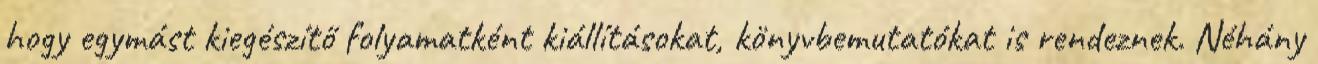
hogy egymást kiegészítő folyamatként kiállításokat, könyvbemutatókat is rendeznek. Néhány